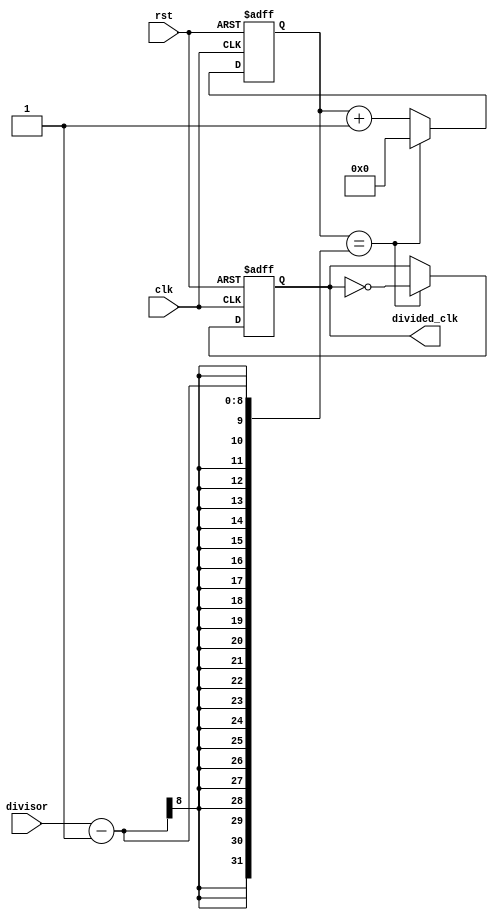
module clock_divider (
    input wire clk,        // Input clock signal
    input wire rst,        // Reset signal
    input wire [7:0] divisor, // 8-bit programmable divisor value
    
    output reg divided_clk // Divided output clock signal
);

reg [7:0] counter; // Counter to keep track of clock cycles

always @ (posedge clk or posedge rst) begin
    if (rst) begin
        counter <= 8'd0; // Reset counter
        divided_clk <= 1'b0; // Set output clock signal to low
    end else begin
        if (counter == divisor - 1) begin
            counter <= 8'd0; // Reset counter
            divided_clk <= ~divided_clk; // Toggle output clock signal
        end else begin
            counter <= counter + 1; // Increment counter
        end
    end
end

endmodule